Document type: Inventory
Year: 1295
Scribe: Pere Marc
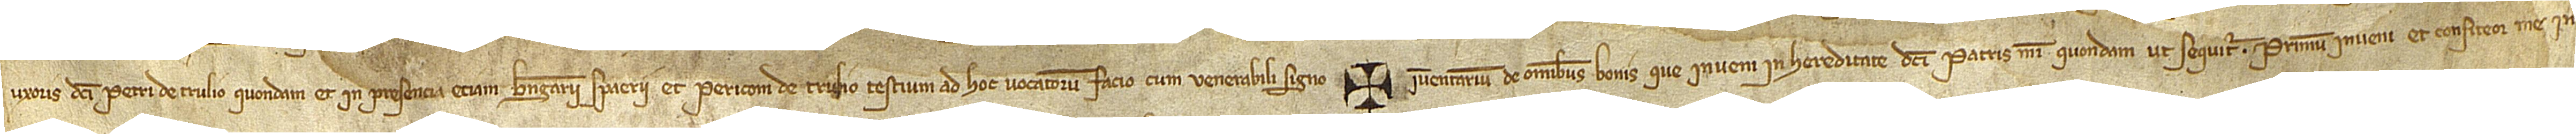
uxoris dicti Petri de Trulio, quondam, et in presencia etiam Berengarii Spaerii et Periconi de Trulio, testium ad hoc vocatorum, facio cum venerabili signo + inventarium de omnibus bonis que inveni in hereditate dicti patris mei, quondam, ut sequitur. Primum inveni et confiteor me in-